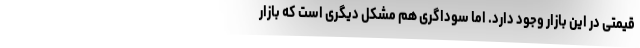
قیمتی در این بازار وجود دارد. اما سوداگری هم مشکل دیگری است که بازار